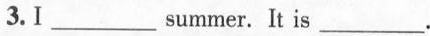
3.I___summer. It is___ .